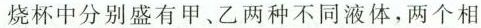
烧杯中分别盛有甲、乙两种不同液体，两个相